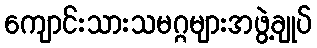
ကျောင်းသားသမဂ္ဂများအဖွဲ့ချုပ်